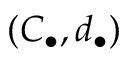
( C _ { \bullet } , d _ { \bullet } )